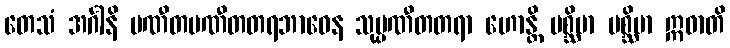
တေသံ အင်္ဂါနိ ပဏီတပဏီတတရဘာဝေန သုပ္ပဏီတတရာ ဟောန္တိ ပစ္ဆိမာ ပစ္ဆိမာ ဣဓာတိ